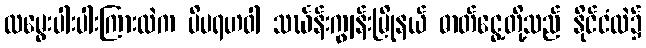
လမွေးပါးပါးကြားထဲက ပိပရဟဝါ သင်္ဃန်းကျွန်းမြိုနယ် ဓာတ်ငွေ့တို့သည် နိုင်ငံထဲ၌